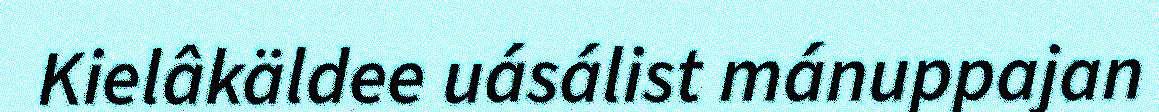
Kielâkäldee uásálist mánuppajan